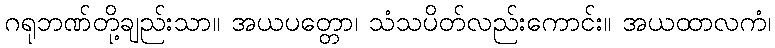
ဂရုဘဏ်တို့ချည်းသာ။ အယပတ္တော၊ သံသပိတ်လည်းကောင်း။ အယထာလကံ၊